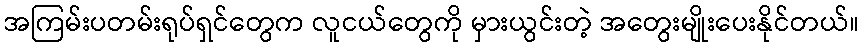
အကြမ်းပတမ်းရုပ်ရှင်တွေက လူငယ်တွေကို မှားယွင်းတဲ့ အတွေးမျိုးပေးနိုင်တယ်။